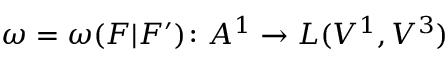
\omega = \omega ( F | F ^ { \prime } ) \colon A ^ { 1 } \to L ( V ^ { 1 } , V ^ { 3 } )